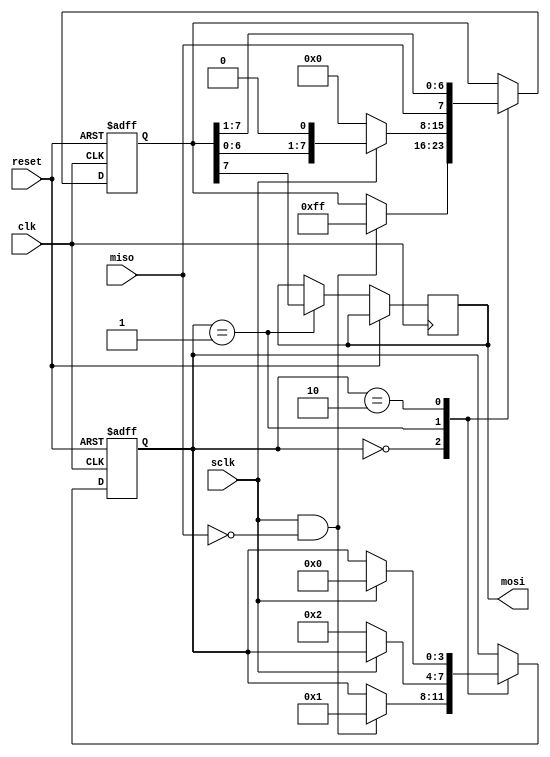
module SPI_Controller (
  input wire clk,
  input wire reset,
  input wire sclk,
  input wire miso,
  output reg mosi
);

reg [7:0] data;
reg [3:0] state;

parameter IDLE = 4'b0000;
parameter TRANSMIT = 4'b0001;
parameter RECEIVE = 4'b0010;

always @(posedge clk or posedge reset) begin
  if (reset) begin
    state <= IDLE;
    data <= 8'h00;
  end else begin
    case (state)
      IDLE: begin
        if (sclk && !miso) begin
          state <= TRANSMIT;
          data <= 8'hFF; // dummy data for transmission
        end
      end
      TRANSMIT: begin
        // transmit data on rising edge of sclk
        mosi <= data[7];
        data <= {data[6:0], 1'b0};
        if (!sclk) begin
          state <= RECEIVE;
          data <= 8'h00; // clear data for reception
        end
      end
      RECEIVE: begin
        // receive data on falling edge of sclk
        data <= {miso, data[7:1]};
        if (sclk) begin
          state <= IDLE;
        end
      end
    endcase
  end
end

endmodule